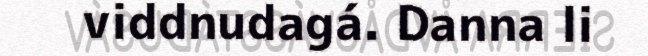
viddnudagá. Danna li